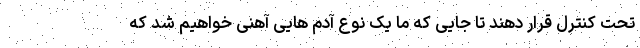
تحت کنترل قرار دهند تا جایی که ما یک نوع آدم هایی آهنی خواهیم شد که